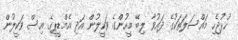
ހުޅުޖެހި މައްސަލަތަކުގެ ދައުވާ ލިބޭ މީހުންގެ ވަކީލުން އަދި އެމްޑީޕީގެ އިސް ވަކީލުން